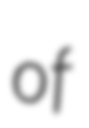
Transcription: of